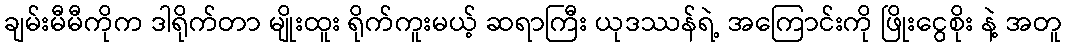
ချမ်းမီမီကိုက ဒါရိုက်တာ မျိုးထူး ရိုက်ကူးမယ့် ဆရာကြီး ယုဒဿန်ရဲ့ အကြောင်းကို ဖြိုးငွေစိုး နဲ့ အတူ